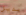
بديل